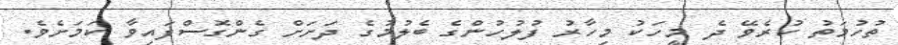
ތުހުމަތު ކުރެވޭ ދެ މީހަކު މިހާރު ފުލުހުންގެ ބެލުމުގެ ދަށަށް ގެންގޮސްފައިވާ ކަމަށެވެ.